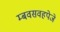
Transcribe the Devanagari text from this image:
म्बवसवहपेजे